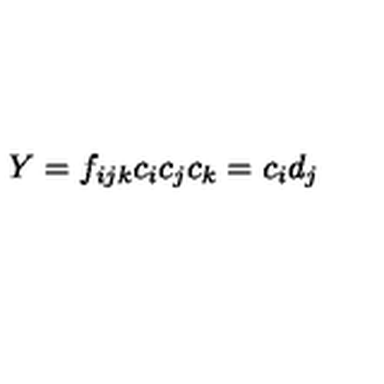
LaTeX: Y = f _ { i j k } c _ { i } c _ { j } c _ { k } = c _ { i } d _ { j }